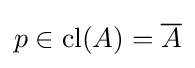
p\in \operatorname {cl} (A)={\overline {A}}